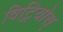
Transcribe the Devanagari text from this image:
विट्रियोस्